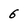
Character: 6